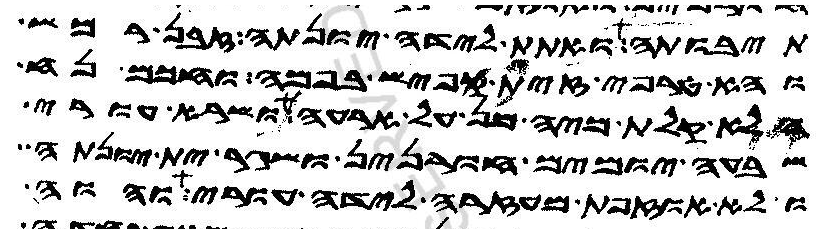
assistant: תיבותה ואתת לידה יונתה זבן רמש
והא טרפי זית קפיש בפמה וחכם נח
הלא קלת מיה מן על ארעה ושרא עורי
שבעה יומים חורנין ושגר ית יונתה
ולא אוזפת מעזרה לידה עורי והוה